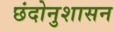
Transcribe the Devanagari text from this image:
छंदोनुशासन